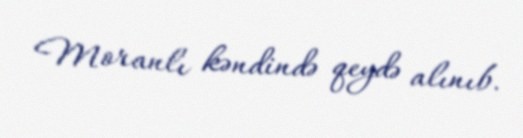
Moranlı kəndində qeydə alınıb.